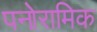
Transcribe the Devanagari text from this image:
पनोरामिक